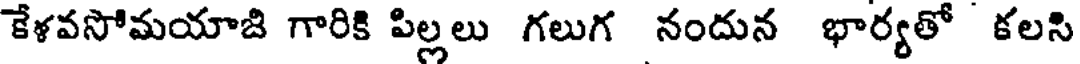
కేళవసోమయాజి గారికి పిల్లలు గలుగ నందున భార్యతో కలసి